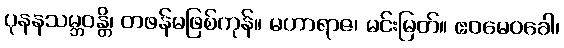
ပုနနသမ္ဘဝန္တိ၊ တဖန်မဖြစ်ကုန်။ မဟာရာဇ၊ မင်းမြတ်။ ဧဝမေဝခေါ၊